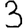
Digit: 3